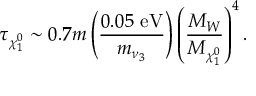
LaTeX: \tau _ { \chi _ { 1 } ^ { 0 } } \sim 0 . 7 m \left( \frac { 0 . 0 5 ~ \mathrm { e V } } { m _ { \nu _ { 3 } } } \right) \left( \frac { M _ { W } } { M _ { \chi _ { 1 } ^ { 0 } } } \right) ^ { 4 } .